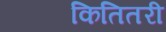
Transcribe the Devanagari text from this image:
कितितरी